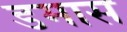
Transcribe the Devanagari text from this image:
डमास